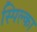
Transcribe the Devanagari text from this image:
स्पिल्का